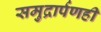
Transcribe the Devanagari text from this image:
समुद्रार्पणही